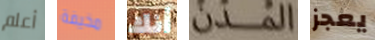
أعلم مخيفة أنك المدن يعجز